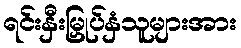
ရင်းနှီးမြှုပ်နှံသူများအား